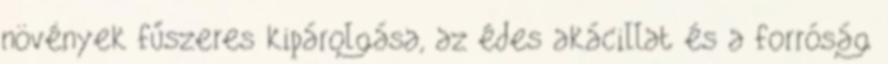
növények fűszeres kipárolgása, az édes akácillat és a forróság